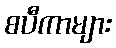
စပီကာများ